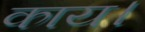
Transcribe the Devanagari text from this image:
काय।